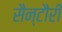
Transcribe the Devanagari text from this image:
सैन्टौरी